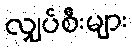
လျှပ်စီးများ